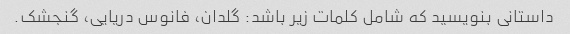
داستانی بنویسید که شامل کلمات زیر باشد: گلدان، فانوس دریایی، گنجشک.